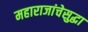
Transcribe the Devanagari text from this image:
महाराजांचेसुद्धा